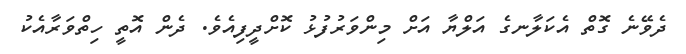
ދެވޭނެ ގޮތް އެކަލާނގެ އަލްޔާ އަށް މިންވަރުފުޅު ކޮށްދީފިއެވެ. ދެން އޮތީ ހިތްވަރާއެކު